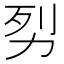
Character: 劽